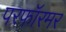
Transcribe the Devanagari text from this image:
परफॉरमर